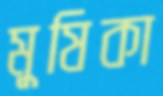
মুষিকা